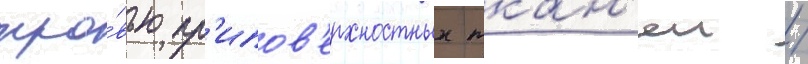
кро́вью пр'ипов'ерхностных ткан'еи /